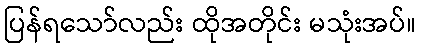
ပြန်ရသော်လည်း ထိုအတိုင်း မသုံးအပ်။